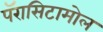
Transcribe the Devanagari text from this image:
पॅरासिटामोल